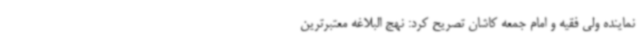
نماینده ولی فقیه و امام جمعه کاشان تصریح کرد: نهج البلاغه معتبرترین